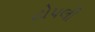
ટોપલી